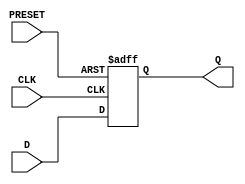
`ifdef verilator3
`else
`timescale 1 ps / 1 ps
`endif
//
// DFFNP primitive for Gowin FPGAs
// Compatible with Verilator tool (www.veripool.org)
// Copyright (c) 2022 Frdric REQUIN
// License : BSD
//

module DFFNP
#(
    parameter INIT = 1'b1
)
(
    input  PRESET,
    input  CLK,
    input  D,
    output Q
);

    reg _r_Q;

    initial begin
        _r_Q = INIT;
    end

    always @(posedge PRESET or negedge CLK) begin
    
        if (PRESET) begin
            _r_Q <= 1'b1;
        end
        else begin
            _r_Q <= D;
        end
    end

    assign Q = _r_Q;

endmodule